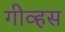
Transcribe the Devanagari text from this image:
गीव्हस